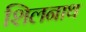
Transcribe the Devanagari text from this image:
शिलनाथ